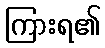
ကြားရ၏